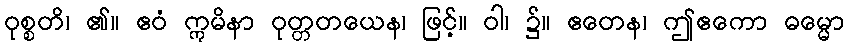
ဝုစ္စတိ၊ ၏။ ဧဝံ ဣမိနာ ဝုတ္တတယေန၊ ဖြင့်။ ဝါ၊ ၌။ ဧတေန၊ ဤဧကော ဓမ္မော